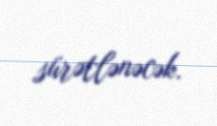
sürətlənəcək.